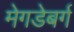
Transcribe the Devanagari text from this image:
मेगडेबर्ग